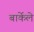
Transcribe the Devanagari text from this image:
बार्केले